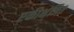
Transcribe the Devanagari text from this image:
एकीभंजित